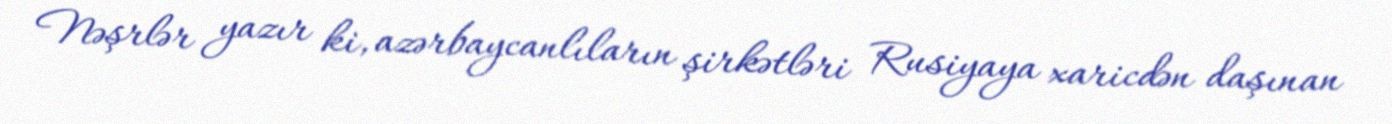
Nəşrlər yazır ki, azərbaycanlıların şirkətləri Rusiyaya xaricdən daşınan